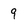
Character: 9